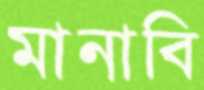
মানাবি